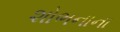
શોભનાના